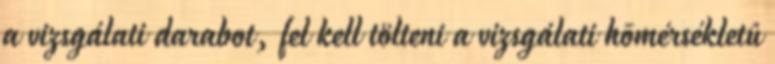
a vizsgálati darabot, fel kell tölteni a vizsgálati hõmérsékletû